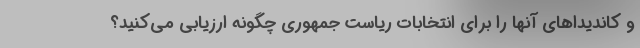
و کاندیداهای آنها را برای انتخابات ریاست جمهوری چگونه ارزیابی می‌کنید؟